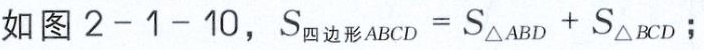
如图 \(2 - 1 - 10\)，\(S_{四边形ABCD}=S_{\triangle ABD}+S_{\triangle BCD}\)；